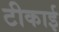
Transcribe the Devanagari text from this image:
टीकाई